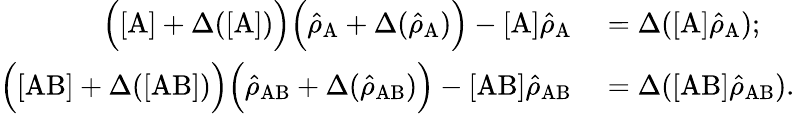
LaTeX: \begin{array}{rl}{\Big([\mathrm{A}]+\Delta([\mathrm{A}])\Big)\Big(\hat{\rho}_{\mathrm{A}}+\Delta(\hat{\rho}_{\mathrm{A}})\Big)-[\mathrm{A}]\hat{\rho}_{\mathrm{A}}}&{{}=\Delta([\mathrm{A}]\hat{\rho}_{\mathrm{A}});}\\ {\Big([\mathrm{AB}]+\Delta([\mathrm{AB}])\Big)\Big(\hat{\rho}_{\mathrm{AB}}+\Delta(\hat{\rho}_{\mathrm{AB}})\Big)-[\mathrm{AB}]\hat{\rho}_{\mathrm{AB}}}&{{}=\Delta([\mathrm{AB}]\hat{\rho}_{\mathrm{AB}}).}\end{array}